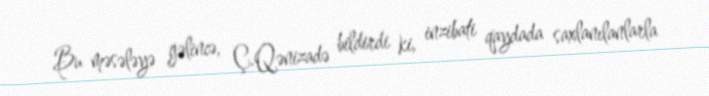
Bu məsələyə gəlincə, Ç.Qənizadə bildirdi ki, inzibati qaydada saxlanılanlarla